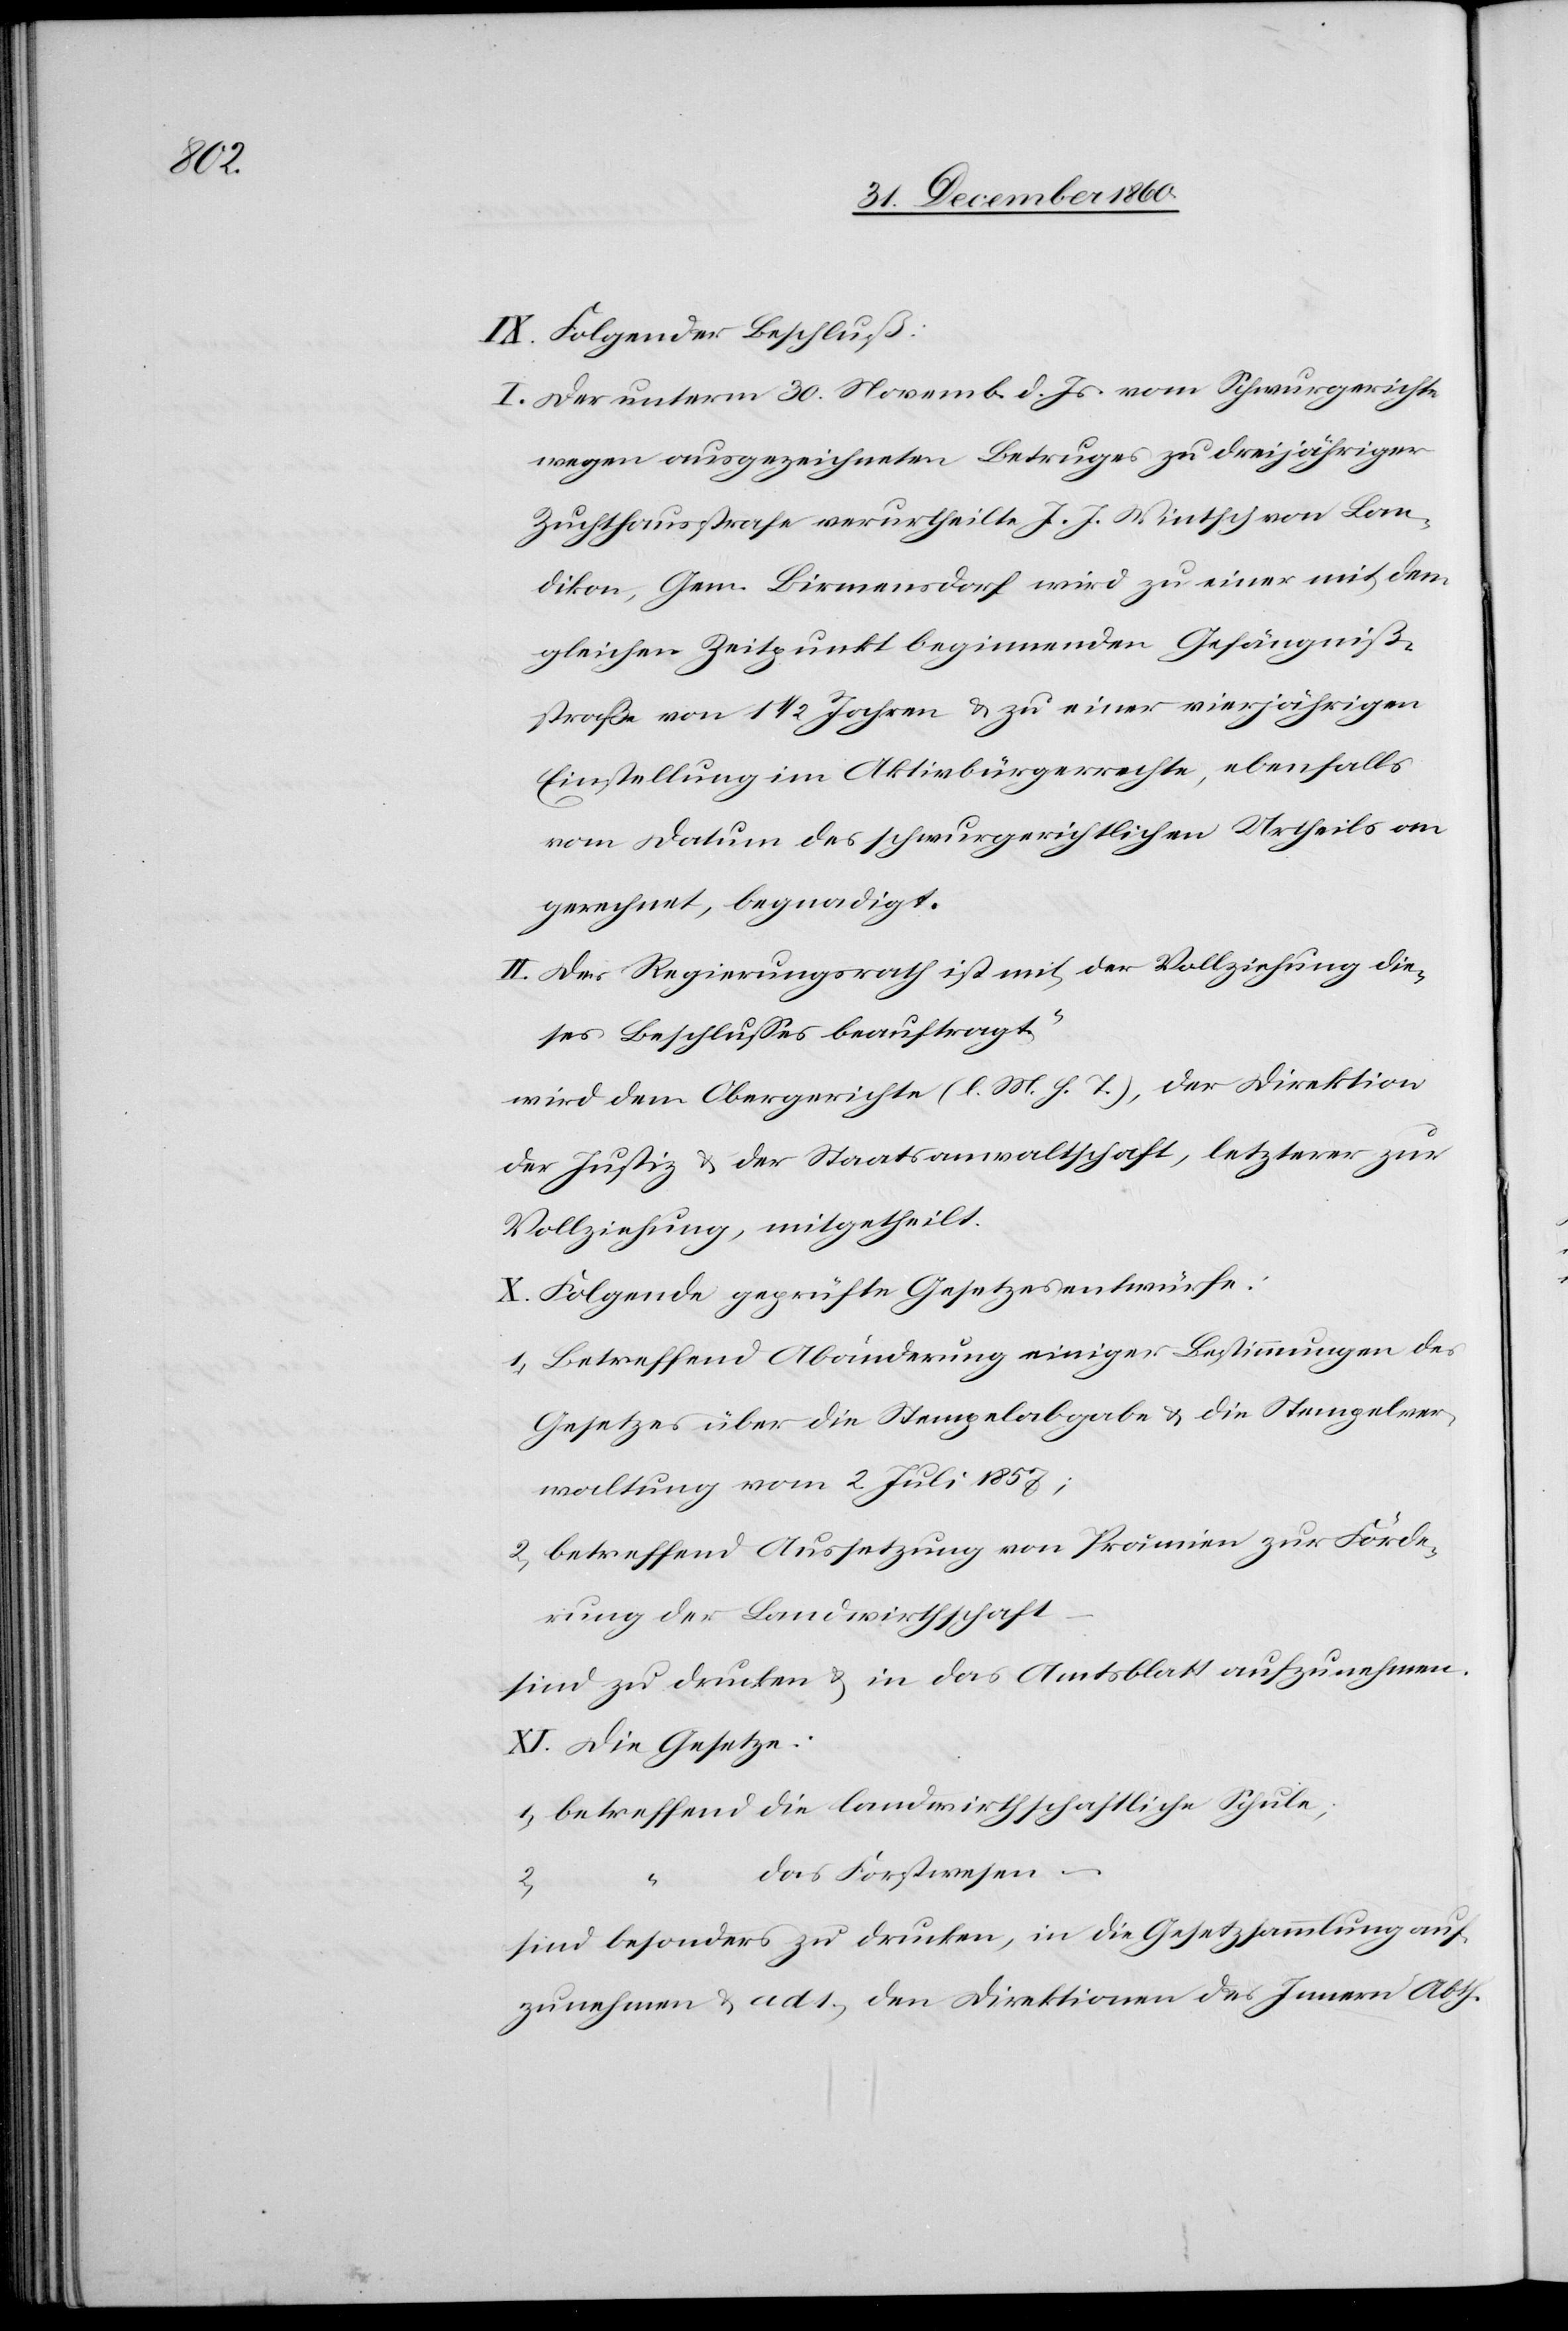
IX. Folgender Beschluß:
I. Der unterm 30. Novemb. d. Js. vom Schwurgerichte
wegen ausgezeichneten Betruges zu dreijähriger
Zuchthausstrafe verurtheilte J. J. Wintsch von Lan¬
dikon, Gem. Birmensdorf wird zu einer mit dem
gleichen Zeitpunkt beginnenden Gefängniß¬
strafe von 1 1/2 Jahren u. zu einer vierjährigen
Einstellung im Aktivbürgerrecht, ebenfalls
vom Datum des schwurgerichtlichen Urtheils an
gerechnet, begnadigt.
II. Der Regierungsrath ist mit der Vollziehung die¬
ses Beschlusses beauftragt,
wird dem Obergerichte (l. M. h. T.), der Direktion
der Justiz u. der Staatsanwaltschaft, letzterer zur
Vollziehung mitgetheilt.
X. Folgende geprüfte Gesetzesentwürfe:
1. Betreffend Abänderung einiger Bestimmungen des
Gesetzes über die Stempelabgabe u. die Stempelver¬
waltung vom 2. Juli 1857;
2. betreffend Aussetzung von Prämien zur Förde¬
rung der Landwirthschaft
sind zu drucken u. in das Amtsblatt aufzunehmen.
XI. Die Gesetze:
das Forstwesen –
1.
2.
sind besonders zu drucken, in die Gesetzessammlung auf¬
zunehmen u. ad 1) den Direktionen des Innern Abth.